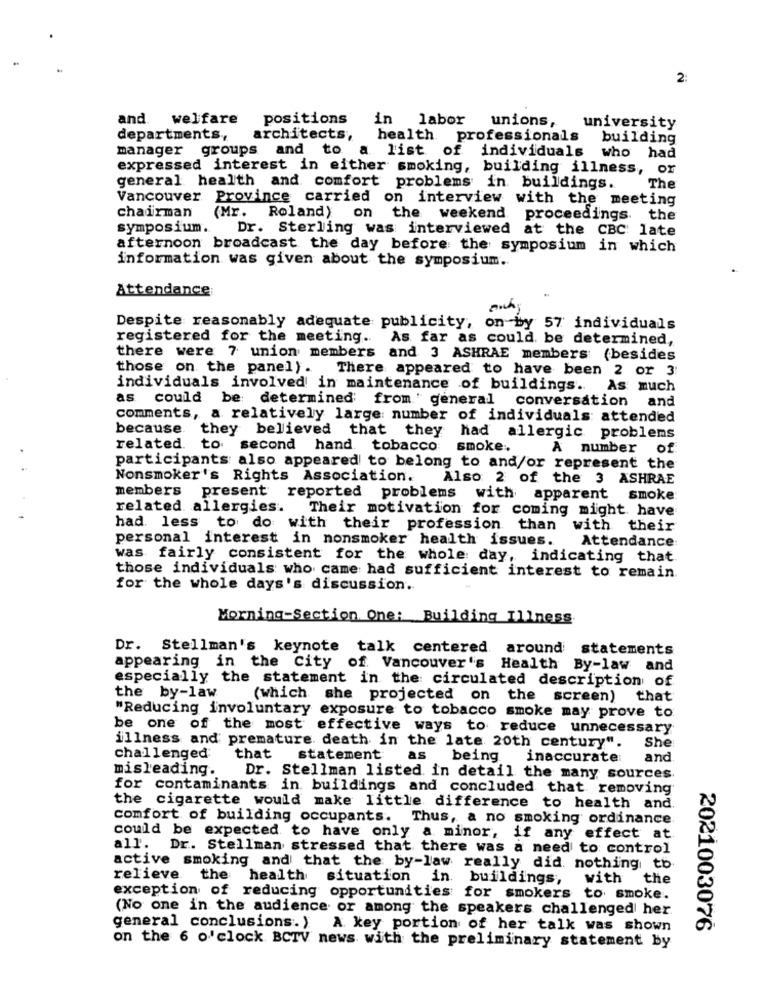
2:
and.
welfare positions
in labor
unions,
university
departments,
architects,
health professionals
building
manager groups and to
a list of individuals
who had
expressed interest in either smoking, building illness, or
general health and comfort problems in buildings.
The
Vancouver Province carried on interview with the meeting
chadirman
(Mr. Roland) on the weekend proceedings. the
symposium.
Dr. Sterling was interviewed at the CBC late
afternoon broadcast the day before the symposium in which
information was given about the symposium ..
Attendance
Despite reasonably adequate publicity, on by 57 individuals
registered for the meeting ..
As far as could be determined,
there were 7 union members and 3 ASHRAE members (besides
those on the panel) .
There appeared to have been 2 or 3
individuals involved in maintenance of buildings. As much
as could be determined from ' general conversation and
comments, a relatively large number of individuals attended
because they believed that they had allergic problems
related.
to second hand tobacco
smoke.
A number of
participants also appeared to belong to and/or represent the
Nonsmoker's Rights Association.
Also 2 of the 3 ASHRAE
members
present reported problems with apparent smoke
related allergies.
Their motivation for coming might have
had less to do with their profession than with their
personal interest in nonsmoker health issues.
Attendance
was fairly consistent for the whole day, indicating that
those individuals who came had sufficient interest to remain.
for the whole days's discussion.
Morning-Section One: Building Illness
Dr. Stellman's keynote talk centered around statements
appearing in the City of Vancouver's Health By-law and
especially the statement in the circulated description of
the by-law
(which she projected on the screen) that
"Reducing involuntary exposure to tobacco smoke may prove to
be one of the most effective ways to reduce unnecessary
illness and premature death in the late 20th century".
She
challenged
that
statement
as
being
inaccurate:
and
misleading.
Dr. Stellman listed in detail the many sources.
for contaminants in buildings and concluded that removing
the cigarette would make little difference to health and.
comfort of building occupants. Thus, a no smoking ordinance
could be expected to have only a minor, if any effect at
all. Dr. Stellman stressed that there was a need to control
active smoking and that the by-law really did nothing to
relieve the health situation in buildings,
with
the
exception of reducing opportunities for smokers to smoke.
(No one in the audience or among the speakers challenged her
general conclusions. ) A key portion of her talk was shown
2021003076
on the 6 o'clock BCTV news with the preliminary statement by